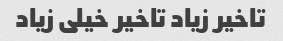
تاخیر زیاد تاخیر خیلی زیاد